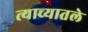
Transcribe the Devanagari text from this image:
त्याच्यातले